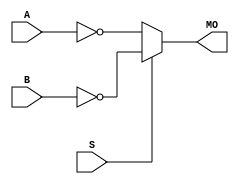
module stratixii_nmux21 (MO, A, B, S);
   input A, B, S; 
   output MO; 
   assign MO = (S == 1) ? ~B : ~A; 
endmodule